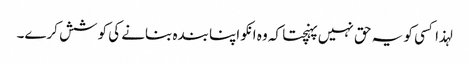
لہذا کسی کو یہ حق نہیں پہنچتا کہ وہ انکو اپنا بندہ بنانے کی کوشش کرے۔